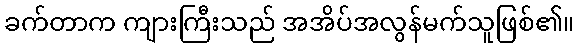
ခက်တာက ကျားကြီးသည် အအိပ်အလွန်မက်သူဖြစ်၏။